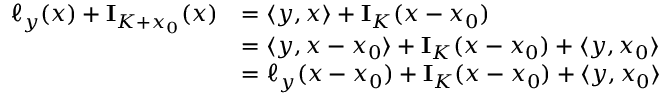
\begin{array} { r l } { \ell _ { y } ( x ) + \mathrm { \bf I } _ { K + x _ { 0 } } ( x ) } & { = \langle y , x \rangle + \mathrm { \bf I } _ { K } ( x - x _ { 0 } ) } \\ & { = \langle y , x - x _ { 0 } \rangle + \mathrm { \bf I } _ { K } ( x - x _ { 0 } ) + \langle y , x _ { 0 } \rangle } \\ & { = \ell _ { y } ( x - x _ { 0 } ) + \mathrm { \bf I } _ { K } ( x - x _ { 0 } ) + \langle y , x _ { 0 } \rangle } \end{array}